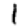
Digit: 1